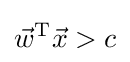
{\vec {w}}^{\mathrm {T} }{\vec {x}}>c